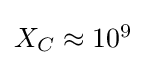
{\textstyle X_{C}\approx 10^{9}}